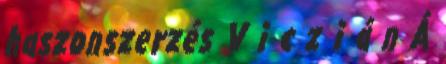
haszonszerzés V i c z i á n Á